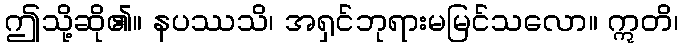
ဤသို့ဆို၏။ နပဿသိ၊ အရှင်ဘုရားမမြင်သလော။ ဣတိ၊